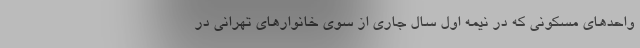
واحدهای مسکونی که در نیمه اول سال جاری از سوی خانوارهای تهرانی در